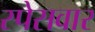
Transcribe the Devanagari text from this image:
स्पेसवार